画像に写った文字を読んでください
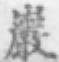
「巖」と書いてあります